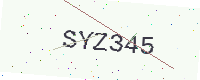
Text: SYZ345